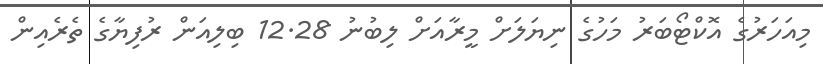
މިއަހަރުގެ އޮކްޓޯބަރު މަހުގެ ނިޔަލަށް މީރާއަށް ލިބުނު 12.28 ބިލިއަން ރުފިޔާގެ ތެރެއިން